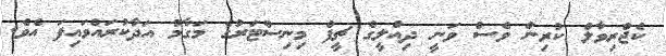
ކެޖްރިވާލް ކުރިން ވެސް ވަނީ ދިއްލީގެ ޗީފް މިނިސްޓަރުގެ މަގާމު އަދާކުރައްވައިފަ އެވެ.